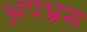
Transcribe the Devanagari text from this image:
अपभ्रस